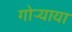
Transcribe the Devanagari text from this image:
गोऱ्याया